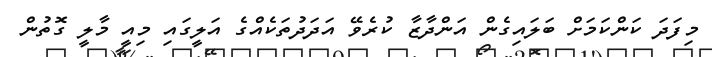
މިފަދަ ކަންކަމަށް ބަލައިގެން އަންދާޒާ ކުރެވޭ އަދަދުތަކެއްގެ އަލީގައި މިއީ މާލީ ގޮތުން